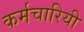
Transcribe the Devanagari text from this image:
कर्मचारियी